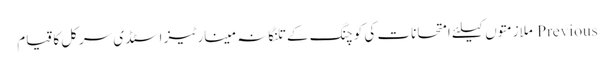
Previous ملازمتوں کیلئے امتحانات کی کوچنگ کے تلنگانہ مینارٹیز اسٹڈی سرکل کا قیام